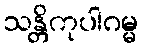
သန္တိကုပါဂမ္မ